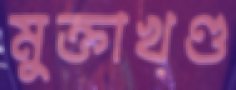
মুক্তাখণ্ড